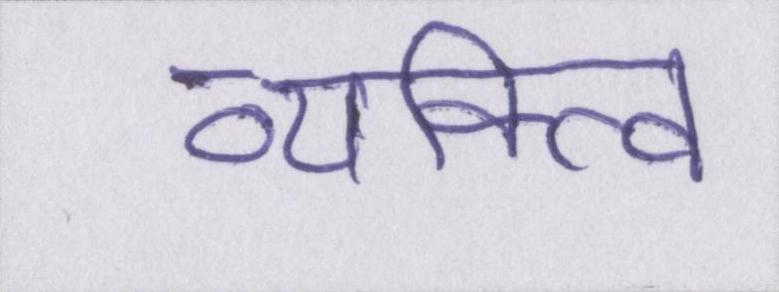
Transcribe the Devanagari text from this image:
व्यक्त्वि